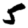
Digit: 5